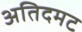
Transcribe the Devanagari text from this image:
अतिदमट